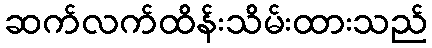
ဆက်လက်ထိန်းသိမ်းထားသည်